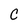
Character: C